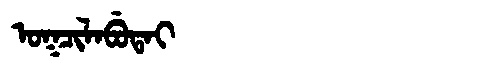
Manchu: ᠣᡴᠴᡳᠯᠠᠪᡠᡨᠠᡳ
Romanization: OKCILABUTAI